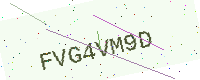
Text: FVG4VM9D